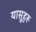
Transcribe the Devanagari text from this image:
यासूहरू